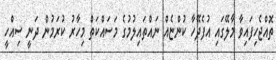
ތޮއްޖެހިފައިވާ މާލޭގައި އުފެދޭހާ ކުންޏެއް ނައްތައިލުމުގެ މަސައްކަތް މިހާރު ކުރަމުން ދަނީ ސިއްހީ